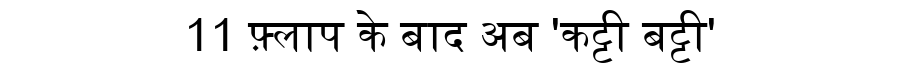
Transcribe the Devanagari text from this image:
11 फ़्लाप के बाद अब 'कट्टी बट्टी'